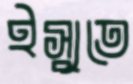
ইস্যুতে